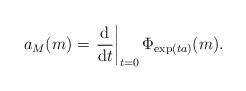
LaTeX: \begin{gather*}a_{M}(m)=\left.\frac{\mathrm{d}}{\mathrm{d}t}\right|_{t=0}\Phi_{\exp(ta)}(m).\end{gather*}